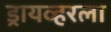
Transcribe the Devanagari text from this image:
ड्रायव्हरला